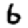
Digit: 6